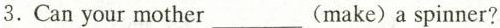
3. Can your mother___(make) a spinner?